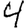
Digit: 4